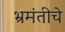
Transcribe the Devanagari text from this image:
भ्रमंतीचे